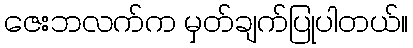
ဇေးဘလက်က မှတ်ချက်ပြုပါတယ်။